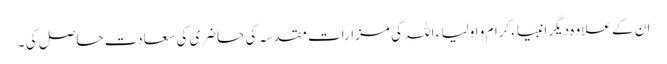
ان کے علاوہ دیگر انبیاء کرام و اولیا ء اللہ کی مزارات مقدسہ کی حاضری کی سعادت حاصل کی ۔